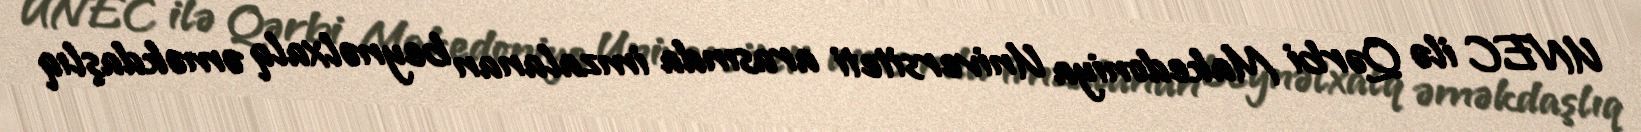
UNEC ilə Qərbi Makedoniya Universiteti arasında imzalanan beynəlxalq əməkdaşlıq